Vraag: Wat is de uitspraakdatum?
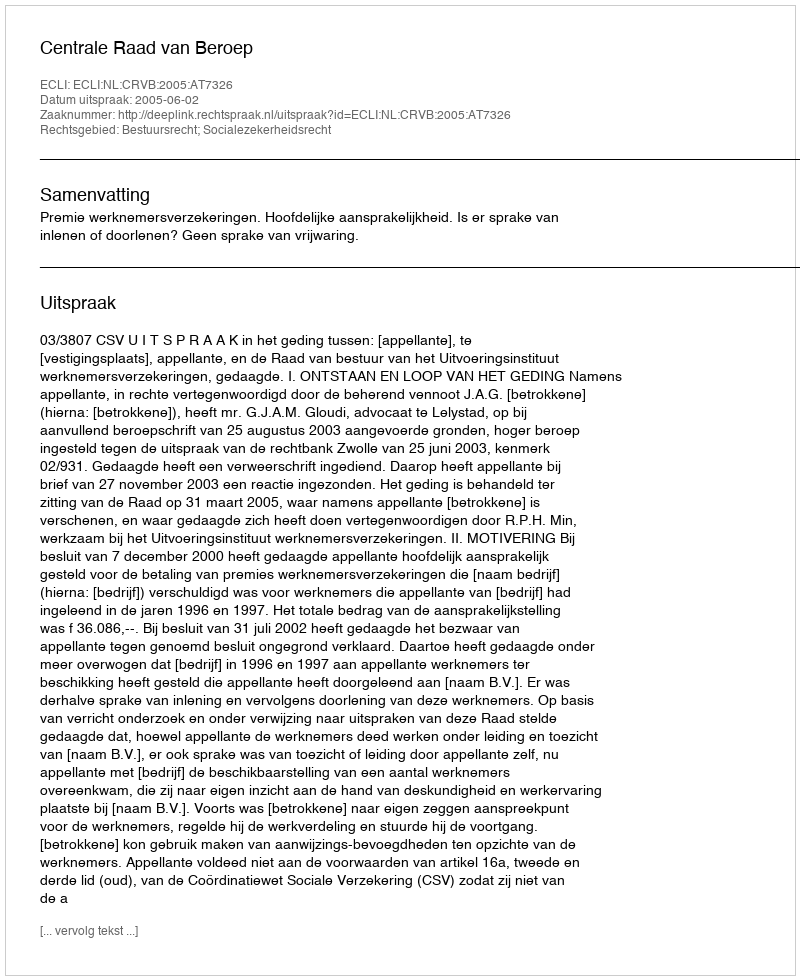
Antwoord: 2005-06-02